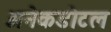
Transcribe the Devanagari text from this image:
अनेकडोटल